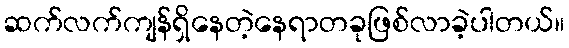
ဆက်လက်ကျန်ရှိနေတဲ့နေရာတခုဖြစ်လာခဲ့ပါတယ်။